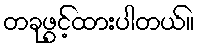
တခုဖွင့်ထားပါတယ်။